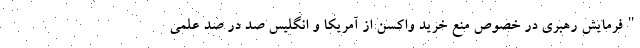
"فرمایش رهبری در خصوص منع خرید واکسن از آمریکا و انگلیس صد در صد علمی